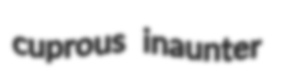
cuprous inaunter